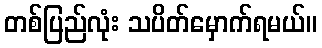
တစ်ပြည်လုံး သပိတ်မှောက်ရမယ်။